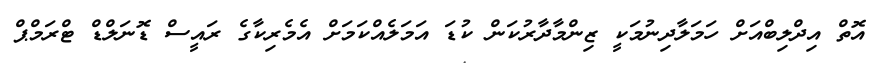
އޮތް އިދްލިބްއަށް ހަމަލާދިނުމަކީ ޒިންމާދާރުކަން ކުޑަ އަމަލެއްކަމަށް އެމެރިކާގެ ރައީސް ޑޮނަލްޑް ޓްރަމްޕް